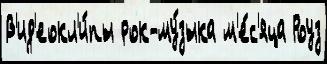
В'ид'еокл'и́пы рок-му́зыка м'е́с'яца Роуз